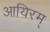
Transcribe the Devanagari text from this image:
आयिरम्